Lunatic asylums Punjab 1868-1880 - 1868-1880
Year: 1868
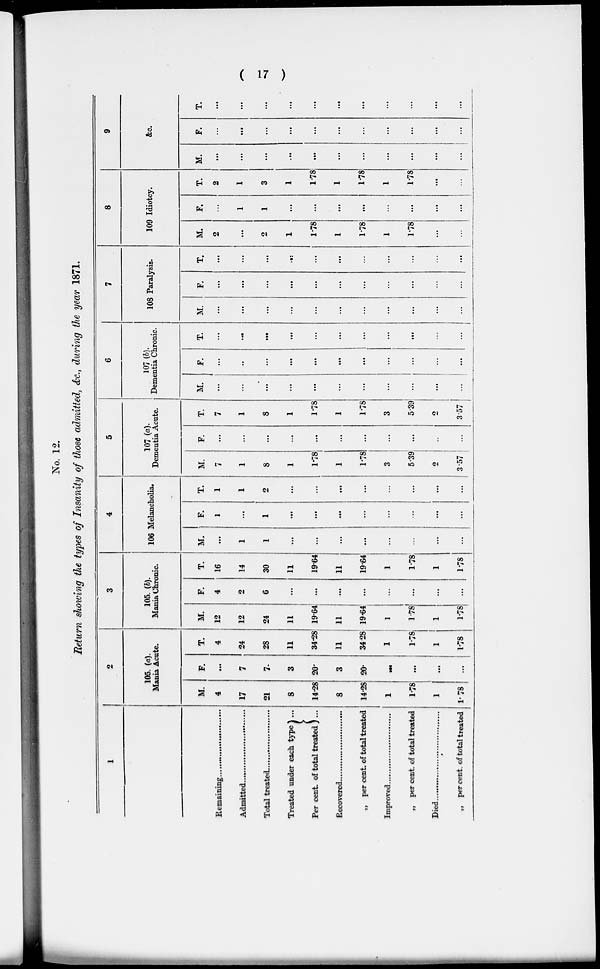
(17)
No. 12.
Return showing the types of Insanity of those admitted, &c., during the year 1871.
1
Remaining.........................
Admitted..........................
Total treated......................
Treated under each type ...
Per cent. of total treated ...
Recovered........................
„ per cent. of total treated
Improved...........................
„ per cent. of total treated
Died .................................
„ per cent. of total treated
2
105. (a).
Mania Acute.
M.
4
17
21
8
14. 28
8
14.28
1
1.78
1
1.78
F.
...
7
7
3
20.
3
20.
...
...
...
...
T.
4
24
28
11
34.28
11
34.28
1
1.78
1
1.78
3
105. (b).
Mania Chronic.
M.
12
12
24
11
19.64
11
19.64
1
1.78
1
1.78
F.
4
2
6
...
...
...
...
...
...
...
...
T.
16
14
30
11
19.64
11
19.64
1
1.78
1
1.78
4
106 Melancholia.
M.
...
1
1
...
...
...
...
...
...
...
...
F.
1
...
1
...
...
...
...
...
...
...
...
T.
1
1
2
...
...
...
...
...
...
...
...
5
107 (a).
Dementia Acute.
M.
7
1
8
1
1.78
1
1.78
3
5.39
2
3.57
F.
...
...
...
...
...
...
...
...
...
...
...
T.
7
1
8
1
1.78
1
1.78
3
5.39
2
3.57
6
107(b).
Dementia Chronic.
M.
...
...
...
...
...
...
...
...
...
...
...
F.
...
...
...
...
...
...
...
...
...
...
...
T.
...
...
...
...
...
...
...
...
...
...
...
7
108 Paralysis.
M.
...
...
...
...
...
...
...
...
...
...
...
F.
...
...
...
...
...
...
...
...
...
...
...
T.
...
...
...
...
...
...
...
...
...
...
...
8
109 Idiotcy.
M.
2
...
2
1
1.78
1
1.78
1
1.78
...
...
F.
...
1
1
...
...
...
...
...
...
...
...
T.
2
1
3
1
1.78
1
1.78
1
1.78
...
...
9
&c.
M.
...
...
...
...
...
...
...
...
...
...
...
F.
...
...
...
...
...
...
...
...
...
...
...
T.
...
...
...
...
...
...
...
...
...
...
...